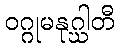
ဝဂ္ဂုမနုဂ္ဃါတီ